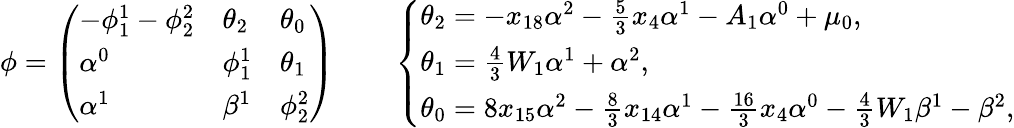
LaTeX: \phi=\left(\begin{array}{lll}{-\phi_{1}^{1}-\phi_{2}^{2}}&{\theta_{2}}&{\theta_{0}}\\ {\alpha^{0}}&{\phi_{1}^{1}}&{\theta_{1}}\\ {\alpha^{1}}&{\beta^{1}}&{\phi_{2}^{2}}\end{array}\right)\qquad\left\{ \begin{array}{ll}{\theta_{2}=-x_{18}\alpha^{2}-\frac 53x_{4}\alpha^{1}-A_{1}\alpha^{0}+\mu_{0},}\\ {\theta_{1}=\frac 43W_{1}\alpha^{1}+\alpha^{2},}\\ {\theta_{0}=8x_{15}\alpha^{2}-\frac 83x_{14}\alpha^{1}-\frac{16}{3}x_{4}\alpha^{0}-\frac 43W_{1}\beta^{1}-\beta^{2},}\end{array}\right.